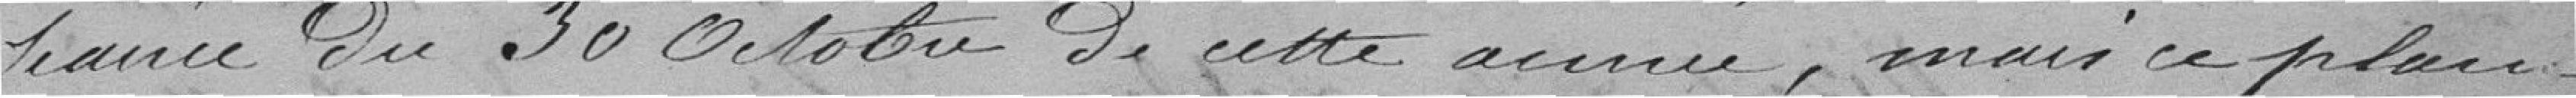
séance du 30 octobre de cette année, mais ce plan